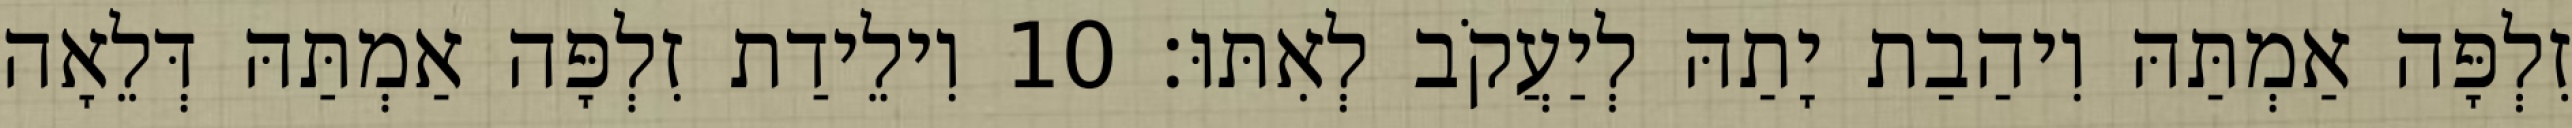
זִלְפָּה אַמְתַּהּ וִיהַבַת יָתַהּ לְיַעֲקֹב לְאִתּוּ׃ 10 וִילֵידַת זִלְפָּה אַמְתַּהּ דְּלֵאָה